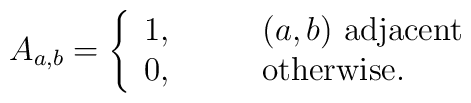
A_{a,b}=\left\{ \begin{array}{ll}  1,\qquad &\mbox{$(a,b)$ adjacent} \\                                  0,\qquad &\mbox{otherwise.}                 \end{array}  \right.